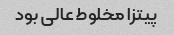
پیتزا مخلوط عالى بود